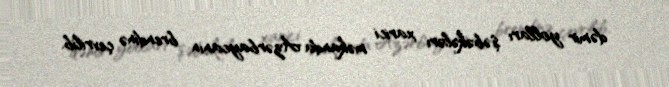
dəmir yolları şəbəkələri xarici məkanda Azərbaycanın brendinə çevrilib.